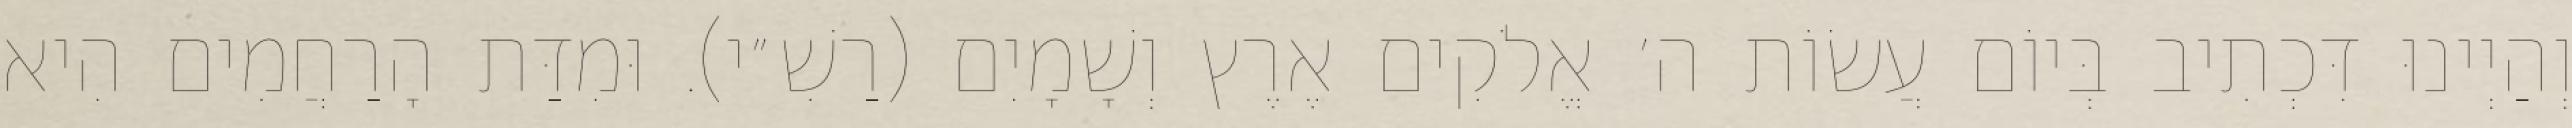
וְהַיְינוּ דִּכְתִיב בְּיוֹם עֲשׂוֹת ה׳ אֱלֹקִים אֶרֶץ וְשָׁמָיִם (רַשִׁ״י). וּמִדַּת הָרַחֲמִים הִיא